Code of medical and sanitary regulations for the guidance of medical officers serving in the Madras Presidency - Volume I
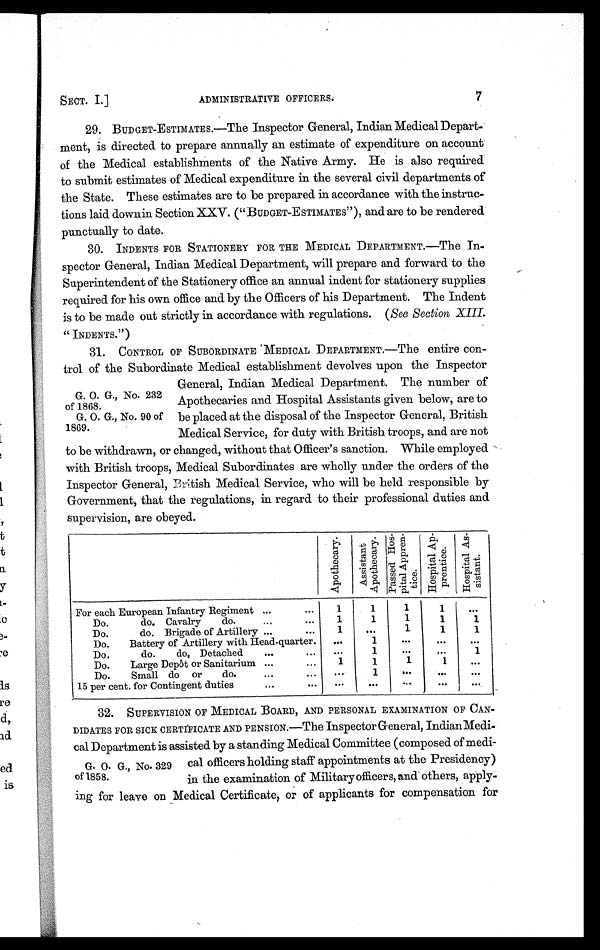
7
ADMINISTRATIVE OFFICERS.
SECT. I.]
G. O. G., No. 232
of 1868
G. O. G., No. 90 of
1869.
29. BUDGET-ESTIMATE s.—The Inspector General, Indian Medical Depart-
ment, is directed to prepare annually an estimate of expenditure on account
of the Medical establishments of the Native Army. He is also required
to submit estimates of Medical expenditure in the several civil departments of
the State. These estimates are to be prepared in accordance with the instruc-
tions laid downin SectionXXV. ("BUDGET-ESTIMATES"), and are to be rendered
punctually to date.
30. INDENTS FOR STATIONERY FOR THE MEDICAL DEPARTMENT.—The In-
spector General, Indian Medical Department, will prepare and forward to the
Superintendent of the Stationery office an annual indent for stationery supplies
required for his own office and by the Officers of his Department. The Indent
is to be made out strictly in accordance with regulations. (See Section, XIII.
"INDENTS.")
31. CONTROL OF SUBORDINATE MEDICAL DEPARTMENT.—The entire con-
trol of the Subordinate Medical establishment devolves upon the Inspector
General, Indian Medical Department. The number of
Apothecaries and Hospital Assistants given below, are to
be placed at the disposal of the Inspector General, British
Medical Service, for duty with British troops, and are not
to be withdrawn, or changed, without that Officer's sanction. While employed
with British troops, Medical Subordinates are wholly under the orders of the
Inspector General, British Medical Service, who will be held responsible by
Government, that the regulations, in regard to their professional duties and
supervision, are obeyed.
A p o t h e c a r y .
A s s i s t a n t A p o t h e c a r y
P a s s e d H o s p i t a l A p p r e n t i c e
H o s p i t a l A p p r e n t i c e
H o s p i t a l A s s i s t a n t
For each European Infantry Regiment ...
...
1
1
1
1
. . .
Do.
do. Cavalry
do.. .
1
1
1
1
1
Do.
do. Brigade of Artillery ...
••
1
. . .
1
1
1
Do.
Battery of Artillery with Head-quarter. ...
1
. . .
. . .
. . .
Do.
do.
do, Detached
•••
• •••
1
•••
•••
1
Do.
Large Depôt or Sanitarium ......
1
1
1
1
. . .
Do.
Small do or
do.
.••
.••
. . .
1
. . .
. . .
. . .
15 per cent. for Contingent duties
•.. •..
. . .
. . .
. . .
. . .
32. SUPERVISION OF MEDICAL BOARD, AND PERSONAL EXAMINATION OF CAN-
DIDATES FOR SICK CERTIFICATE AND PENSION.—The Inspector General, IndianMedi-
cal Department is assisted by a standing Medical Committee (composed of medi-
cal officers holding staff appointments at the Presidency)
in the examination of Military officers, and others, apply-
ing for leave on Medical Certificate, or of applicants for compensation for
G O. G., No. 329
of 1858.